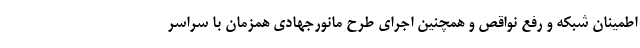
اطمینان شبکه و رفع نواقص و همچنین اجرای طرح مانورجهادی همزمان با سراسر